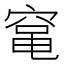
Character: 𮄅